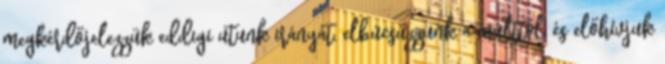
megkérdőjelezzük eddigi utunk irányát, elbúcsúzzunk a múlttól, és előhívjuk